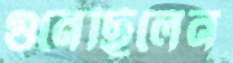
গুনেছিলেন